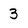
Character: 3